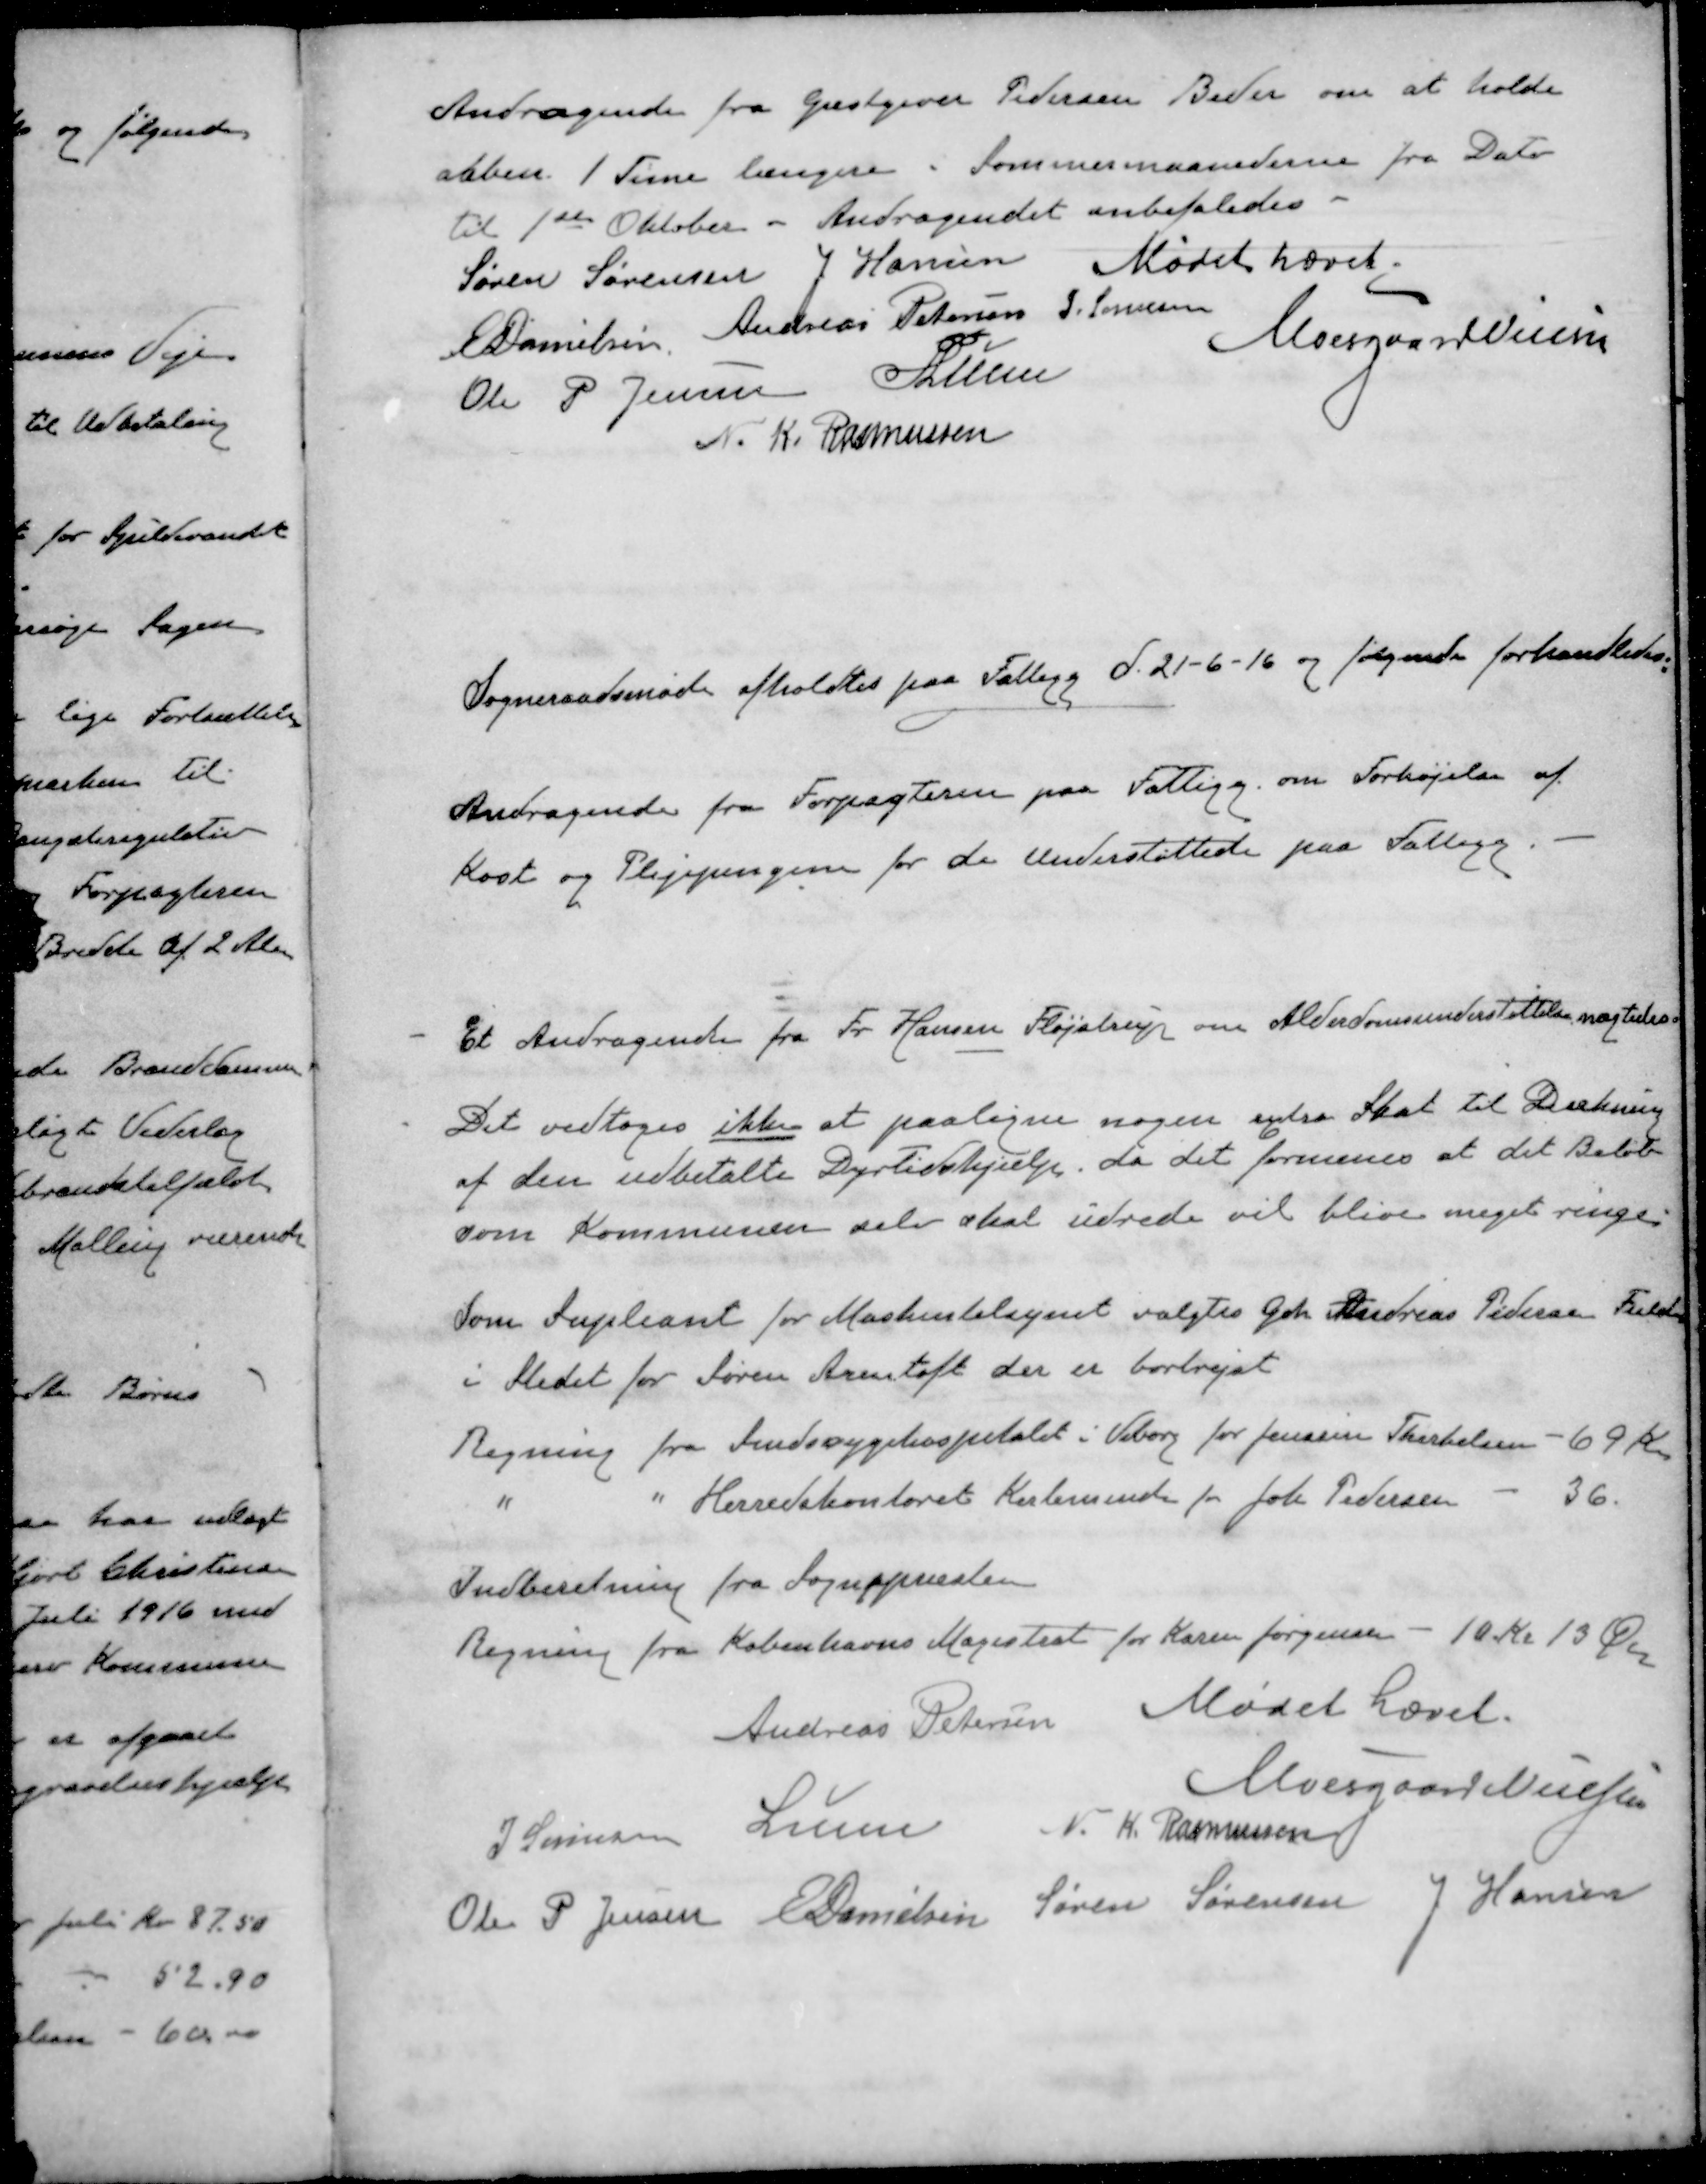
Transskription:
Andragende fra Gæstgiver Pedersen Beder om at holde
aaben 1 Time længere i Sommermaanederne fra Dato
til 1ste Oktober. Andragendet anbefaledes.
Mødet hævet.
Søren Sørensen
J Hansen
E Danielsen
Andreas Petersen
J Sørensen
Moesgaard Nielsen
Ole P Jensen
PLunn
N. K. Rasmussen
Sogneraadsmøde afholdtes paa Fattigg d. 21-6-16 og følgende forhandledes.
Andragende fra Forpagteren paa Fattigg. om Forhøjelse af
Kost og Plejepengene for de Understøttede paa Fattigg
- Et Andragende fra Fr. Hansen Fløjstrup om Alderdomsunderstøttelse nægtedes
- Det vedtoges ikke at paaligne nogen extra Skat til Dækning
af den udbetalte Dyrtidshjælp, da det formenes at det Beløb
som Kommunen selv skal udrede vil blive meget ringe
Som Supleant for Maskintilsynet valgtes Gdr Andreas Pedersen Fulden
i Stedet for Søren Arentoft der er bortrejst
Regning fra Sindssygehospitalet i Viborg for Jensine Therkelsen - 69 Kr
"
"
Herredskontoret Kerteminde for Joh. Pedersen - 36.
Indberetning fra Sognepræsten
Regning fra Københavns Magistrat for Karen Jørgensen - 10 Kr 13 Øre
Andreas Petersen Mødet hævet.
Andreas Petersen
Moesgaard Nielssen
J Sørensen
Lunn
N. K. Rasmussen
Ole P Jensen
E Danielsen
Søren Sørensen
J Hansen